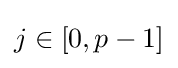
j\in [0,p-1]